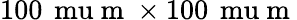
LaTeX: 100\, \mathrm{\ mu}\mathrm{~m~}\times 100\, \mathrm{\ mu}\mathrm{~m~}